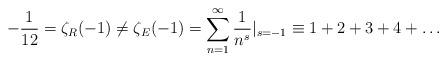
LaTeX: \begin{align*}-\frac{1}{12} = \zeta_R(-1) \neq \zeta_E(-1) = \sum_{n=1}^\infty \frac{1}{n^s}\vert_{s=-1} \equiv 1+2+3+4+\dots\end{align*}